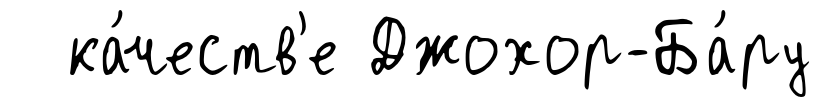
ка́честв'е Джохор-Ба́ру